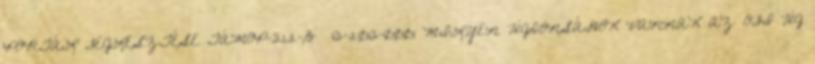
PORTÁL FEJLESZTÉSE TÁMOP-3.1.2-B 13-2013-0001 MILYEN ÚJDONSÁGOK VANNAK AZ OFI ÚJ